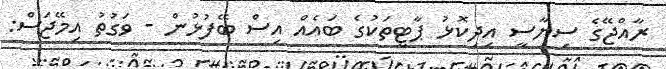
ރާއްޖޭގެ ސިޔާސީ އިދިކޮޅު ޕާޓީތަކުގެ ބައެއް އިސް ބޭފުޅުން - ވަގުތު އިމޭޖަސް: